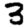
Digit: 3